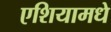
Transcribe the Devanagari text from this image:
एशियामधे